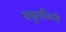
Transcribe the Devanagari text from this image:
मधुराधिपते